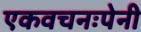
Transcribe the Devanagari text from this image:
एकवचनःपेनी